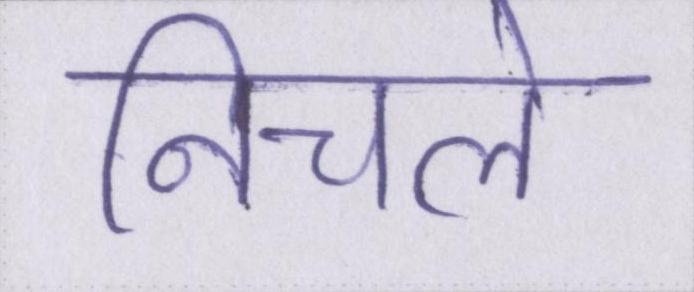
निचले